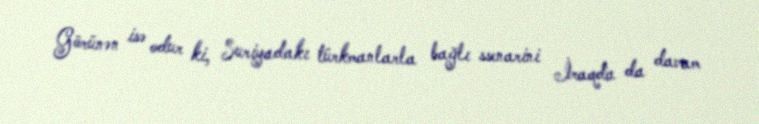
Görünən isə odur ki, Suriyadakı türkmanlarla bağlı ssenarini İraqda da davam